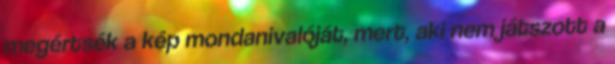
megértsék a kép mondanivalóját, mert, aki nem játszott a